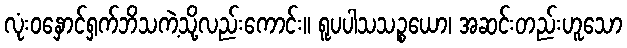
လုံးဝနှောင်ရှက်ဘိသကဲ့သို့လည်းကောင်း။ ရူပပါသသဉ္စယော၊ အဆင်းတည်းဟူသော